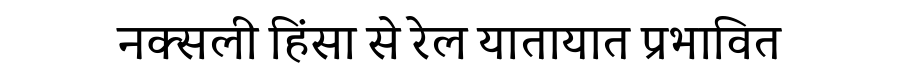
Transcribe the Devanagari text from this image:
नक्सली हिंसा से रेल यातायात प्रभावित